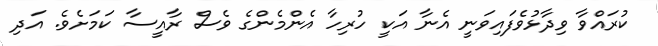
ކުރައްވާ ވިދާޅުވެފައިވަނީ އެނާ އަކީ ހުރިހާ އެންމެންގެ ވެސް ރާއީސާ ކަމަށެވެ. އަދި